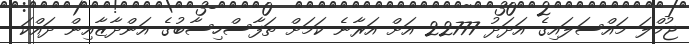
ޖުމްލަ މައްސަލައިގެ އަދަދު 22777 އަށް އަރާނެ ކަމަށް ތަފާސްހިސާބުގެ އަންދާޒާއިން ދައްކަ